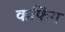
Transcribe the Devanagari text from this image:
कफिंग